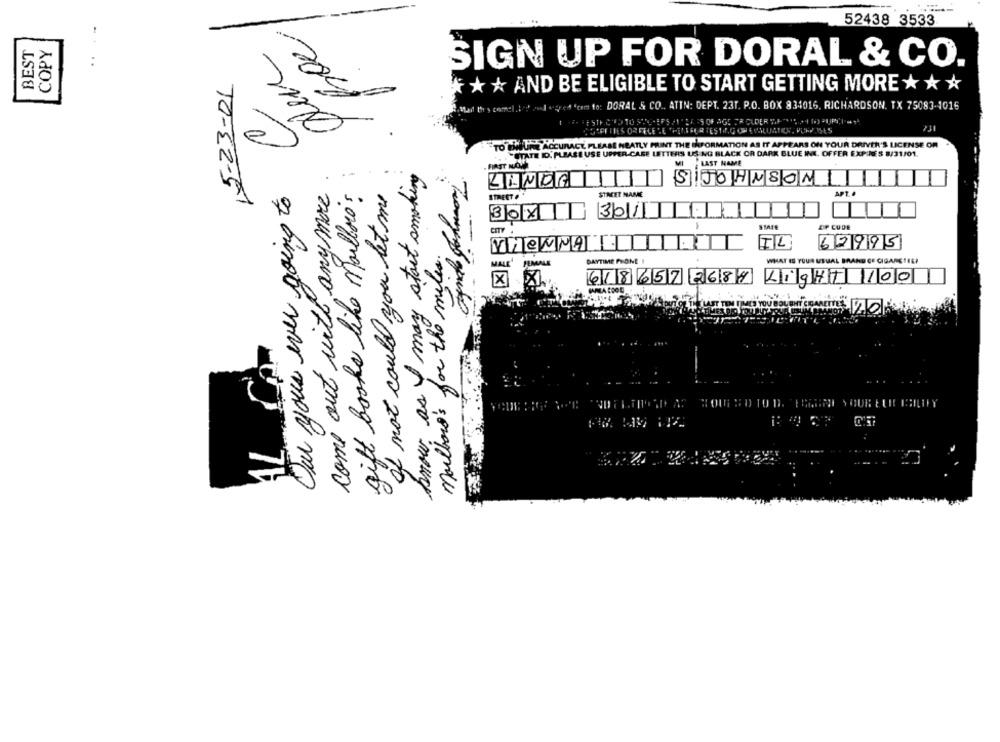
52438 3533
BEST
COPY
..
SIGN UP FOR DORAL & CO.
,5-23-01
* * * AND BE ELIGIBLE TO START GETTING MORE * * *
""tam to: DORAL & CO .. ATIN: DEPT. 23T. P.O. BOX 834016. RICHARDSON, TX 75083-1016
CE ES OF AGE TROUDER "F"*" PC-
CSLEFTIES ORFELE LE THEREFOR TESTI, GON EVALUATION, PUMP ISES
ej
URE ACCURACY PLEASE NEATLY PRINT THE INFORMATION AS IT APPEARS ON YOUR DRIVER'S LICENSE OR
"STATE ID. PLEASE USE UPPER-CASE LETTERS US NG BLACK OR DARK BLUE INE. OFFER EXP 'S 8/31/01.
know as I may start smoking
.FIRST NOW
LAST NAME
come out with any more
gift books like marlboro
If not could you let me
LINDA
SJOHNSON
Our your ever going to
STREET
STREET MARE
APT ..
3011
STAR
OP CODE
Marlboro's for the miles.
IL
62995
VHEMMA
WHAT IS YOUR USUAL BRAND CE CIGARE 1EE!
DAYTIME PHONE I
618 657 2687 LIGHT 100